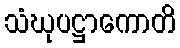
သံဃုပဋ္ဌာကောတိ